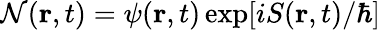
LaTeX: {\cal{N}}({\mathbf{r}},t)=\psi({\mathbf{r}},t)\exp[iS({\mathbf{r}},t)/\hbar]